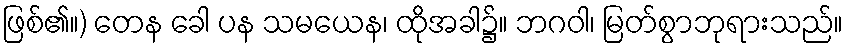
ဖြစ်၏။) တေန ခေါ ပန သမယေန၊ ထိုအခါ၌။ ဘဂဝါ၊ မြတ်စွာဘုရားသည်။